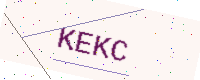
Text: KEKC